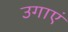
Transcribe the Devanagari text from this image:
उगाएं